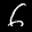
Label: 6